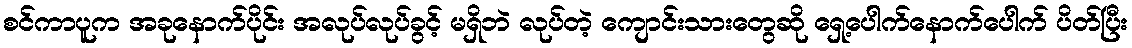
စင်ကာပူက အခုနောက်ပိုင်း အလုပ်လုပ်ခွင့် မရှိဘဲ လုပ်တဲ့ ကျောင်းသားတွေဆို ရှေ့ပေါက်နောက်ပေါက် ပိတ်ပြီး